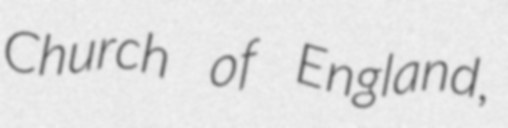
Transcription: Church of England,